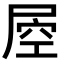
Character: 𡲀